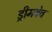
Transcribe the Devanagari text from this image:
ड्रीमवेव